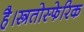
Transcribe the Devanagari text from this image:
है।स्त्रतोस्फेरिक